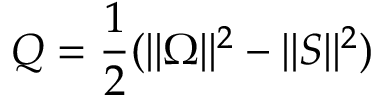
Q = \frac { 1 } { 2 } ( | | \Omega | | ^ { 2 } - | | S | | ^ { 2 } )